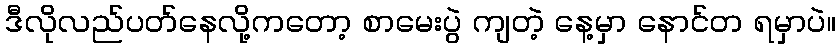
ဒီလိုလည်ပတ်နေလို့ကတော့ စာမေးပွဲ ကျတဲ့ နေ့မှာ နောင်တ ရမှာပဲ။